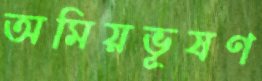
অমিয়ভূষণ